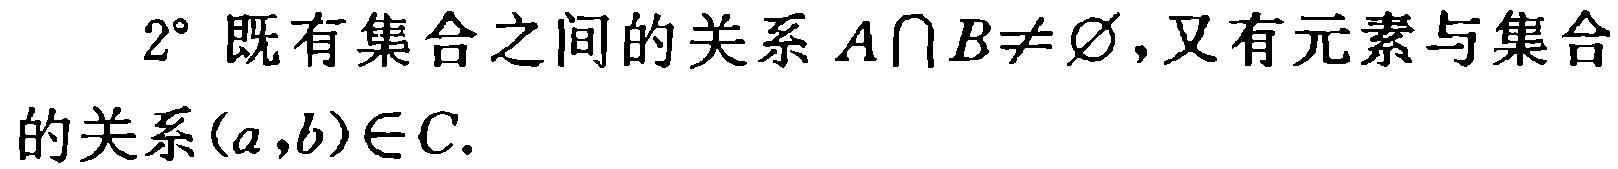
$2^{\circ}$ 既有集合之间的关系 $A\cap B\neq \varnothing$,又有元素与集合的关系$(a,b)\in C.$